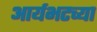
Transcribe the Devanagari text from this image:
आर्यभटच्या